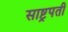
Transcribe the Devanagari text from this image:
साष्ट्रपती